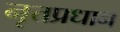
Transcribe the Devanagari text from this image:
नृत्तप्रधान